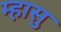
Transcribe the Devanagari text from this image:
म्हासु